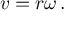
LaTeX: v = r \omega \, .